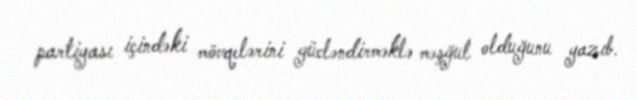
partiyası içindəki mövqelərini gücləndirməklə məşğul olduğunu yazıb.